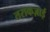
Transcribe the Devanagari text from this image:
तराकज़ाई